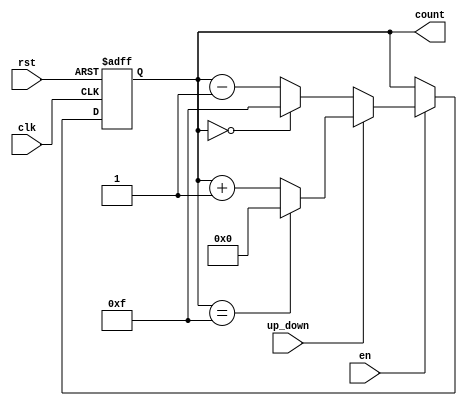
module binary_counter (
    input wire clk,          // Clock input
    input wire rst,          // Asynchronous reset
    input wire en,           // Enable signal
    input wire up_down,      // Mode control: 1 for up, 0 for down
    output reg [3:0] count   // 4-bit counter output (adjust width as needed)
);

    // Maximum value for a 4-bit counter is 15 (0 to 15)
    parameter MAX_COUNT = 4'b1111; // 15 in binary
    parameter MIN_COUNT = 4'b0000; // 0 in binary

    // Asynchronous reset and counting logic
    always @(posedge clk or posedge rst) begin
        if (rst) begin
            count <= MIN_COUNT; // Reset counter to 0
        end else if (en) begin
            if (up_down) begin
                // Count up
                if (count == MAX_COUNT) begin
                    count <= MIN_COUNT; // Roll over to 0
                end else begin
                    count <= count + 1; // Increment count
                end
            end else begin
                // Count down
                if (count == MIN_COUNT) begin
                    count <= MAX_COUNT; // Roll over to MAX_COUNT
                end else begin
                    count <= count - 1; // Decrement count
                end
            end
        end
    end

endmodule